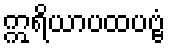
ဣရိယာပထပဗ္ဗံ